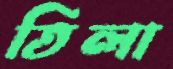
তিলা